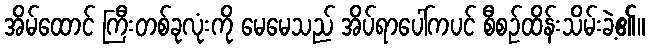
အိမ်ထောင် ကြီးတစ်ခုလုံးကို မေမေသည် အိပ်ရာပေါ်ကပင် စီစဉ်ထိန်းသိမ်းခဲ့၏။